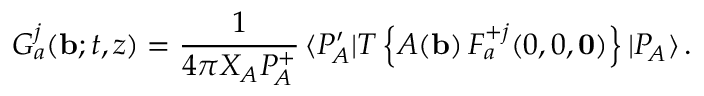
G _ { a } ^ { j } ( { \bf b } ; t , z ) = { \frac { 1 } { 4 \pi X _ { A } P _ { \! A } ^ { + } } } \, \langle P _ { \! A } ^ { \prime } | T \left\{ { \cal A } ( { \bf b } ) \, F _ { a } ^ { + j } ( 0 , 0 , { \bf 0 } ) \right\} | P _ { \! A } \rangle \, .